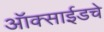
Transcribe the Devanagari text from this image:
ऑक्साईडचे